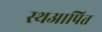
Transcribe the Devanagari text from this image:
स्थआपित